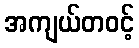
အကျယ်တဝင့်